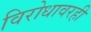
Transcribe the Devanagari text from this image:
विरोधावरही